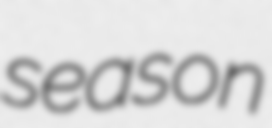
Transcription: season